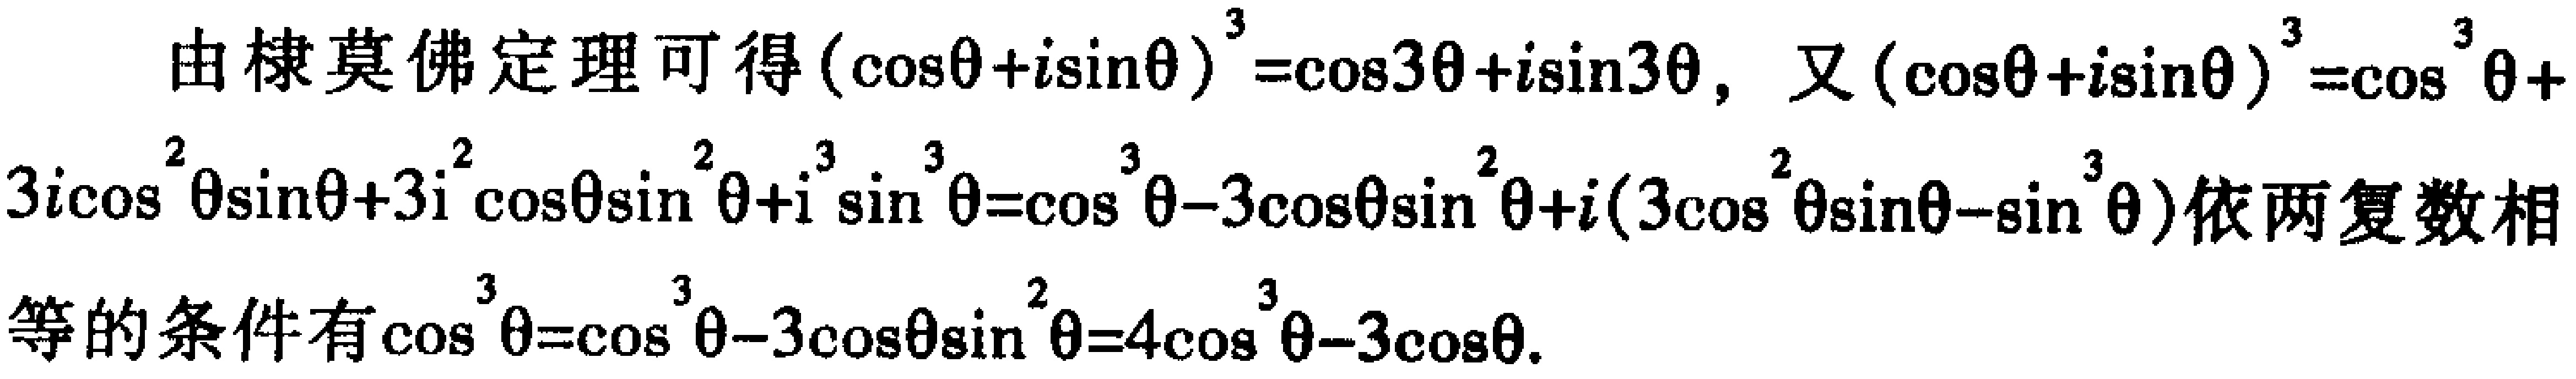
由棣莫佛定理可得\((\cos\theta + i\sin\theta)^3=\cos3\theta + i\sin3\theta\)，又\((\cos\theta + i\sin\theta)^3=\cos^3\theta + 3i\cos^2\theta\sin\theta + 3i^2\cos\theta\sin^2\theta + i^3\sin^3\theta=\cos^3\theta - 3\cos\theta\sin^2\theta + i(3\cos^2\theta\sin\theta - \sin^3\theta)\)依两复数相等的条件有\(\cos^3\theta=\cos^3\theta - 3\cos\theta\sin^2\theta=4\cos^3\theta - 3\cos\theta\)。